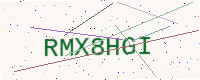
Text: RMX8HGI